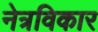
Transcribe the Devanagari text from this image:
नेत्रविकार